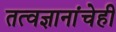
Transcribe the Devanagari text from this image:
तत्वज्ञानांचेही